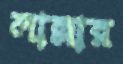
লাল্লার